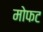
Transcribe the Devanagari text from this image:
मोफट